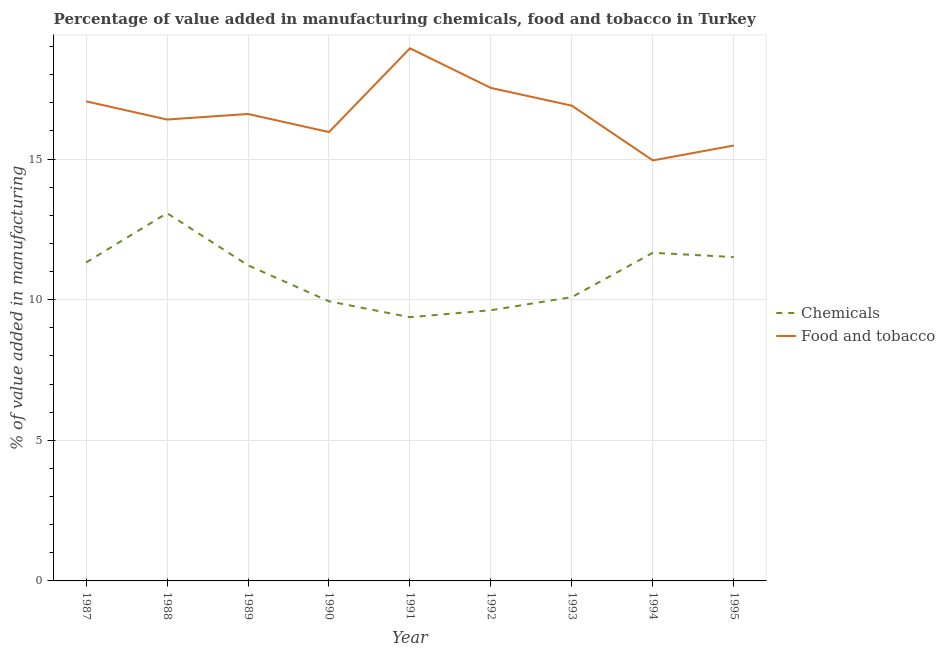
| Year | Chemicals | Food and tobacco |
 | --- | --- | --- |
 | 1987 | 11.3 | 17.1 |
 | 1988 | 13.1 | 16.4 |
 | 1989 | 11.2 | 16.6 |
 | 1990 | 9.94 | 16 |
 | 1991 | 9.38 | 18.9 |
 | 1992 | 9.63 | 17.5 |
 | 1993 | 10.1 | 16.9 |
 | 1994 | 11.7 | 15 |
 | 1995 | 11.5 | 15.5 |